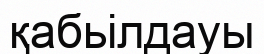
қабьілдауы